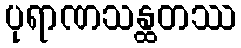
ပုရာဏသန္ထတဿ